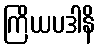
ကြိယပဒါနိ